NAE_ERA_R-2362_Emakeele_Selts, lk 43
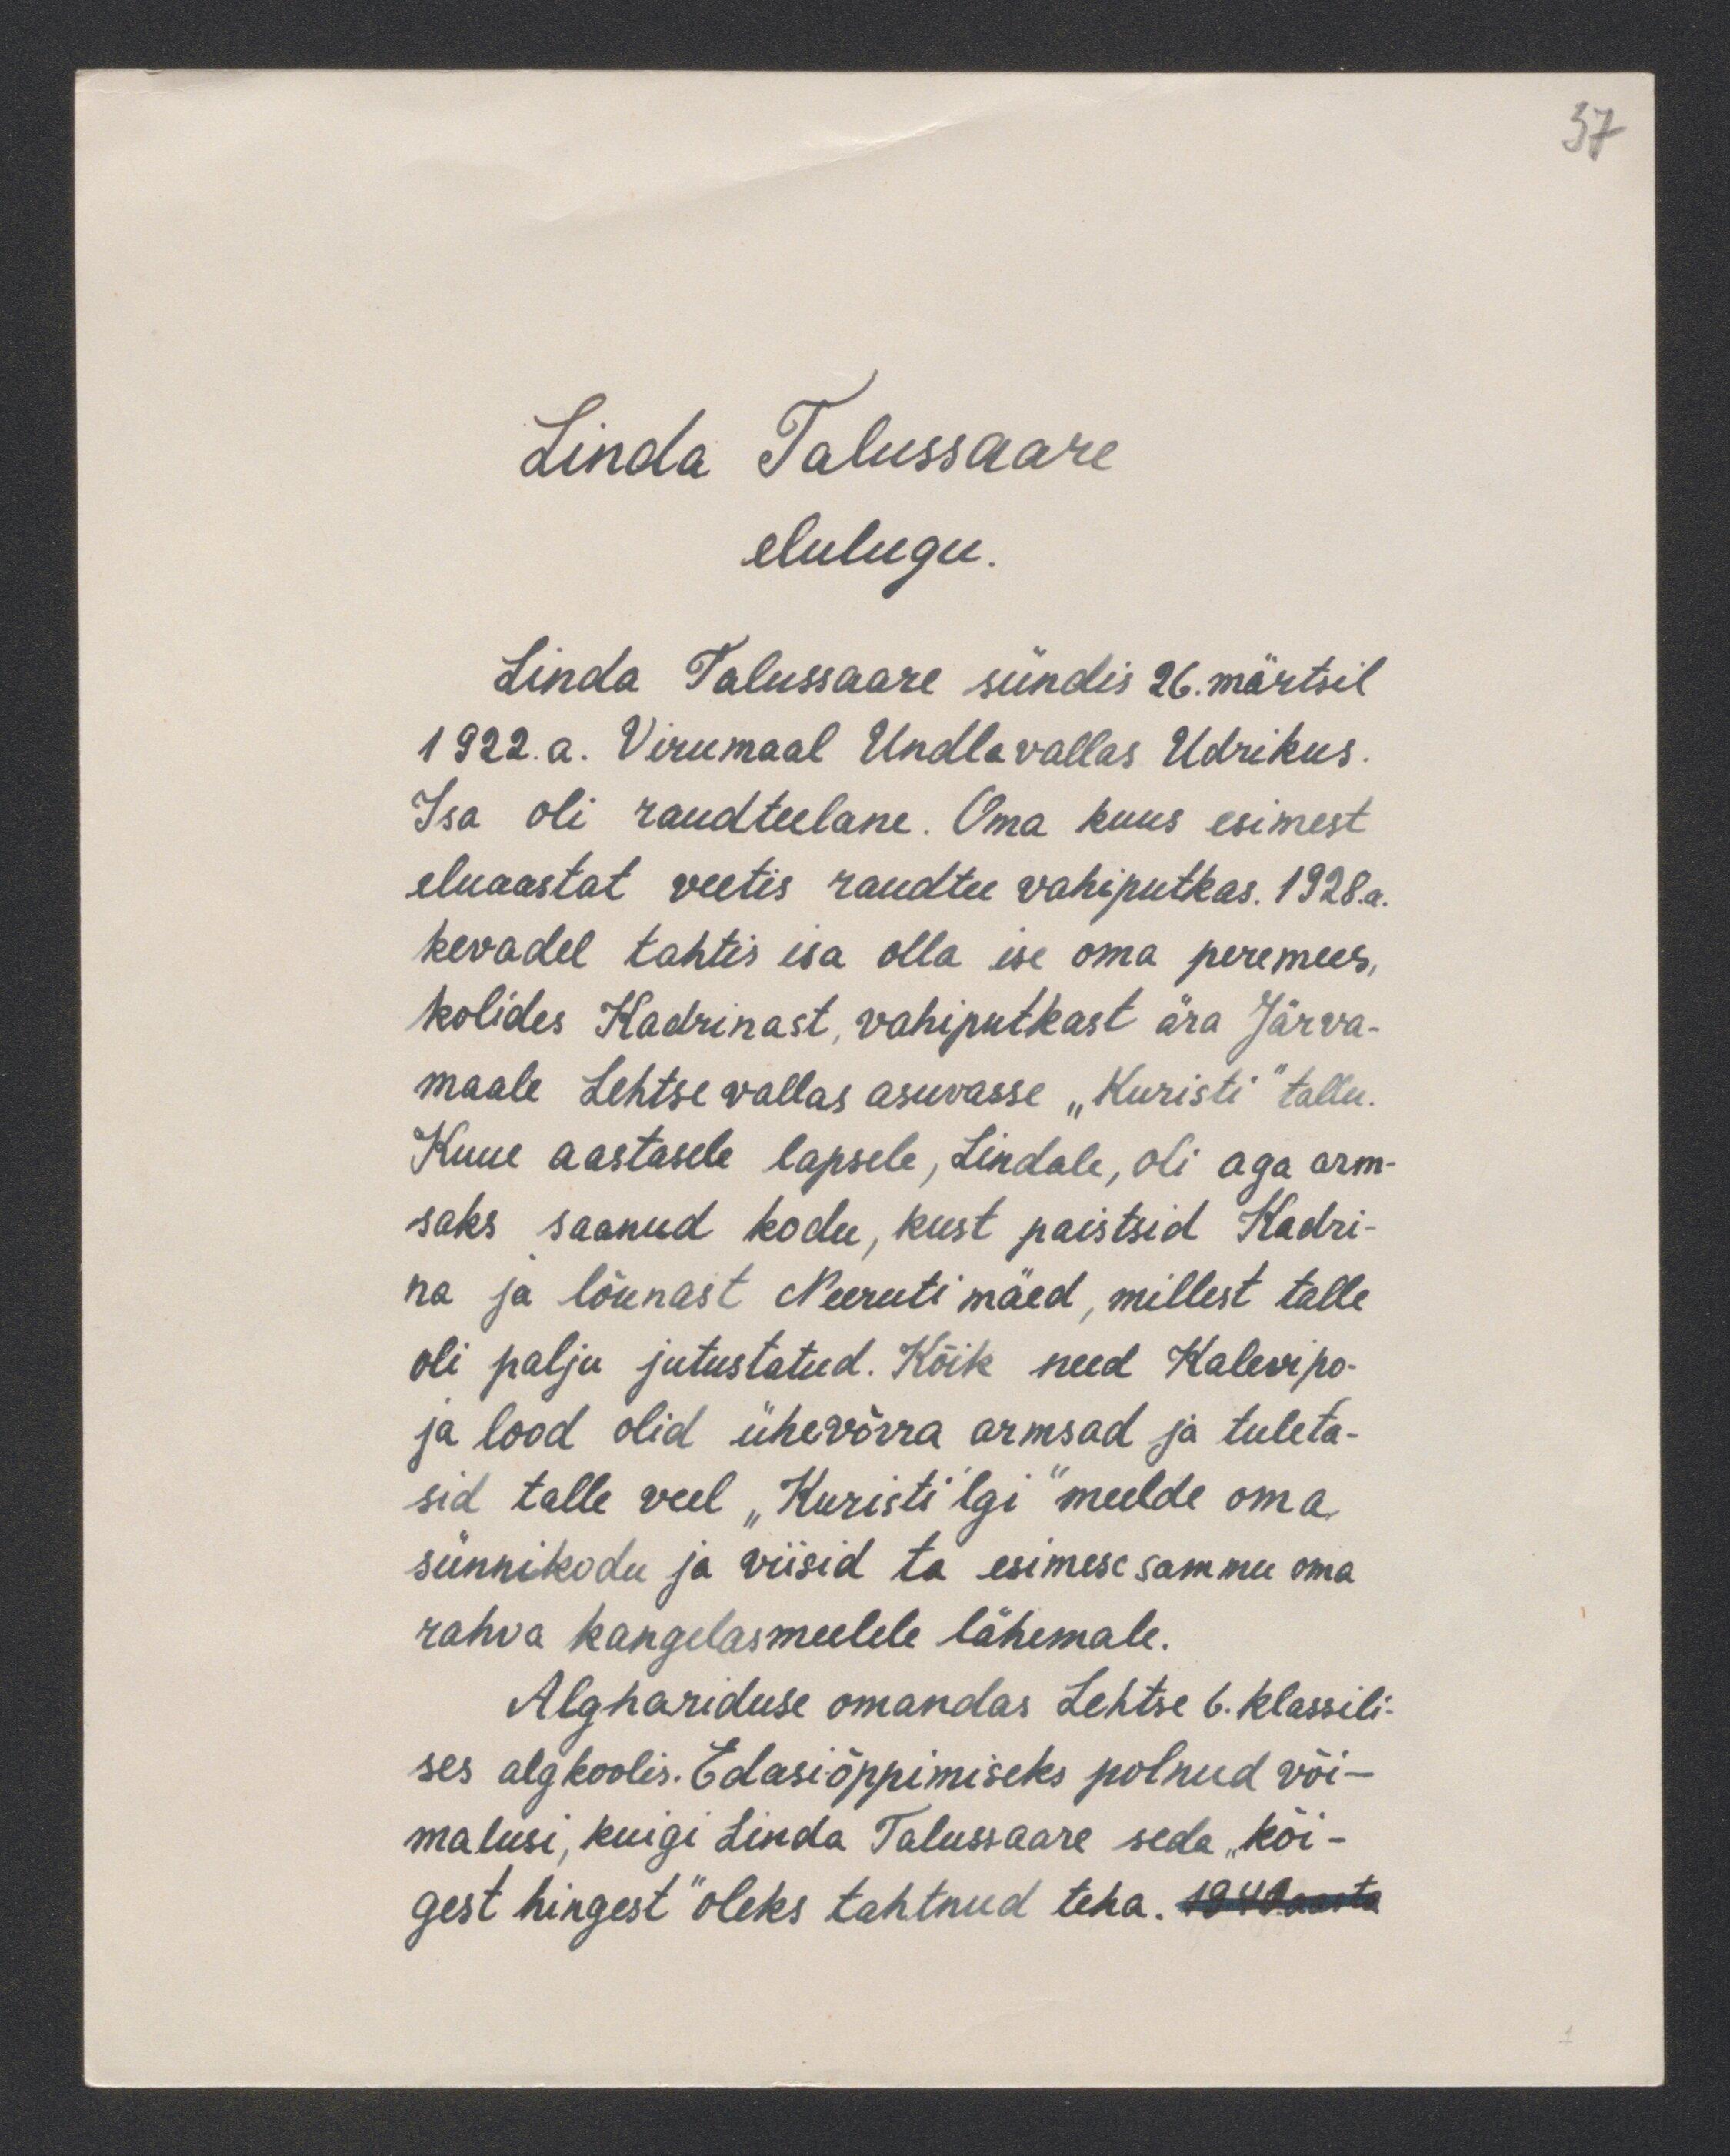
37

Linda Talussaare
elulugu.
Linda Talussaare sündis 26. märtsil
1922.a. Virumaal Undla vallas Udrikus
Isa oli raudteelane. Oma kuus esimest
eluaastat veetis raudtee vahiputkas. 1928.a.
kevadel tahtis isa olla ise oma peremees,
kolides Kadrinast, vahiputkast ära Järva-
maale Lehtse vallas asuvasse "Kuristi" tallu.
Kuue aastasele lapsele, Lindale, oli aga arm-
saks saanud kodu, kust paistsid Kadri-
na ja lõunast Neeruti mäed, millest talle
oli palju jutustatud. Kõik need Kalevipo-
ja lood olid ühevõrra armsad ja tuleta-
sid talle veel "Kuristi'lgi" meelde oma
sünnikodu ja viisid ta esimese sammu oma
rahva kangelasmeele lähemale.
Alghariduse omandas Lehtse 6. klassili-
ses algkoolis. Edasiõppimiseks polnud või-
malusi, kuigi Linda Talussaare seda "kõi-
gest hingest" oleks tahtnud teha.